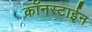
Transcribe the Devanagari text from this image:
कॉनस्टाईन